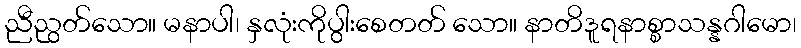
ညီညွတ်သော။ မနာပါ၊ နှလုံးကိုပွါးစေတတ် သော။ နာတိဒူရနာစ္စာသန္နဂါမော၊